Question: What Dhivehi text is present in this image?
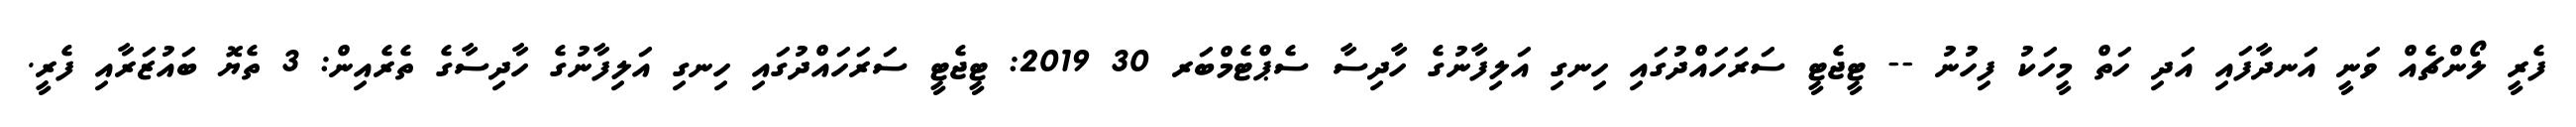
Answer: ފެރީ ލޯންޗެއް ވަނީ އަނދާފައި އަދި ހަތް މީހަކު ފިހުނު -- ޓީޖެޓީ ސަރަހައްދުގައި ހިނގި އަލިފާނުގެ ހާދިސާ ސެޕްޓެމްބަރ 30 2019: ޓީޖެޓީ ސަރަހައްދުގައި ހިނގި އަލިފާނުގެ ހާދިސާގެ ތެރެއިން: 3 ތެޔޮ ބައުޒަރާއި ފެރީ.